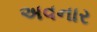
અવનાર